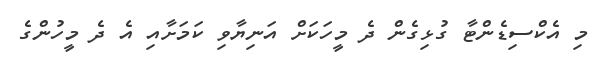
މި އެކްސިޑެންޓާ ގުޅިގެން ދެ މީހަކަށް އަނިޔާވި ކަމަށާއި އެ ދެ މީހުންގެ